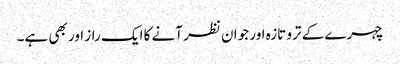
چہرے کے ترو تازہ اور جوان نظر آنے کا ایک راز اور بھی ہے۔